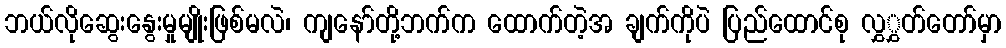
ဘယ်လိုဆွေးနွေးမှုမျိုးဖြစ်မလဲ၊ ကျနော်တို့ဘက်က ထောက်တဲ့အ ချက်ကိုပဲ ပြည်ထောင်စု လွှွှတ်တော်မှာ